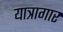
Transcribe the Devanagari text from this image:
यात्रागार